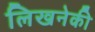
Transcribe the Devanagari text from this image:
लिखनेकी